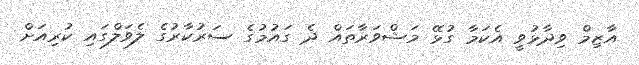
އާޒިމް ވިދާޅުވީ އެކަމާ ގުޅޭ މަޝްވަރާތައް ދެ ގައުމުގެ ސަރުކާރުގެ ލެވަލްގައި ކުރިއަށް